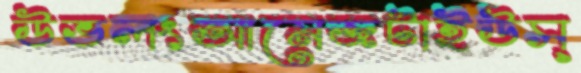
উভলংআমেজটাইউস্